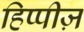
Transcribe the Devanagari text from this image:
हिप्पीज़